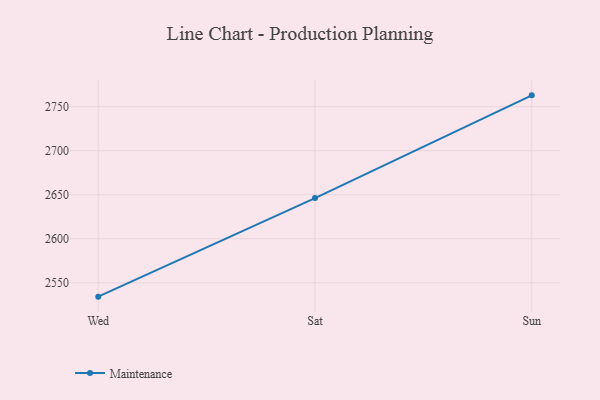
{"axis": {"x": "Day", "y": "Conversion Rate (%)"}, "legend": ["Maintenance"], "data": [{"x": "Wed", "y": 2534.2, "type": "Maintenance"}, {"x": "Sat", "y": 2646.1, "type": "Maintenance"}, {"x": "Sun", "y": 2762.8, "type": "Maintenance"}]}